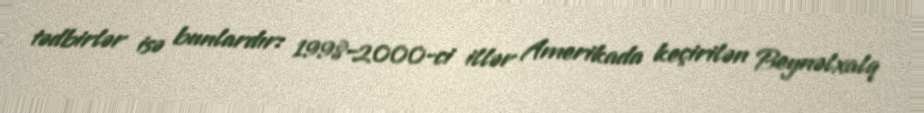
tədbirlər isə bunlardır: 1998–2000-ci illər Amerikada keçirilən Beynəlxalq